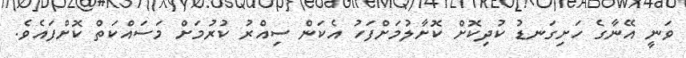
ވަނީ އޭނާގެ ހަށިގަނޑު ކުދިކޮށް ކޮށާލުމަށްފަހު އެކަން ސިއްރު ކުރުމަށް މަސައްކަތް ކޮށްފައެވެ.